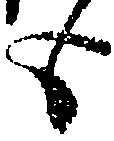
も